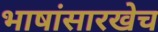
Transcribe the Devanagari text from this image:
भाषांसारखेच